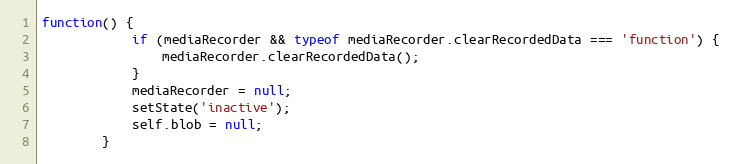
Language: JavaScript
function() {
            if (mediaRecorder && typeof mediaRecorder.clearRecordedData === 'function') {
                mediaRecorder.clearRecordedData();
            }
            mediaRecorder = null;
            setState('inactive');
            self.blob = null;
        }